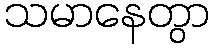
သမာနေတွာ